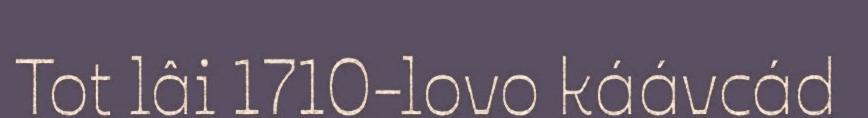
Tot lâi 1710-lovo káávcád